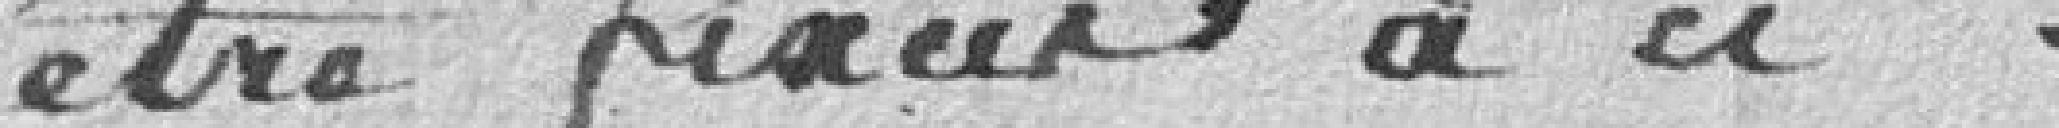
être fixées à ci...... 27.104,22